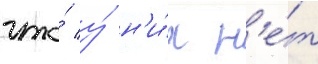
что́ у́ н'и́х н'е́т